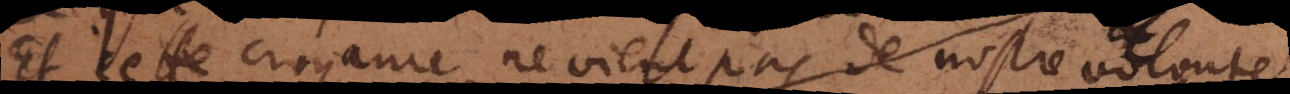
Et cette croyance ne vient pas de nostre volonté,